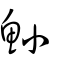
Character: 鯀